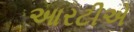
આરટીએ